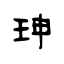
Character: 珅